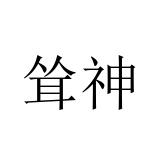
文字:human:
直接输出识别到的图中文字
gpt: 耸神